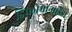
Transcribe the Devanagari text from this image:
डिप्लोमोनाडिडा